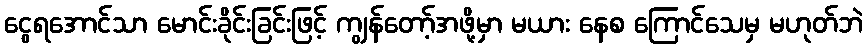
ငွေရအောင်သာ မောင်းခိုင်းခြင်းဖြင့် ကျွန်တော့်အဖို့မှာ မယား နေစ ကြောင်သေမှ မဟုတ်ဘဲ